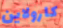
كارولاين